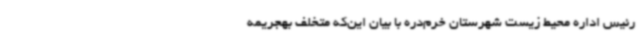
رئیس اداره محیط زیست شهرستان خرم‌دره با بیان این‌که متخلف بهجریمه